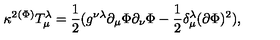
{ \kappa } ^ { 2 } ^ { ( \Phi ) } T _ { \mu } ^ { \lambda } = \frac 1 2 ( g ^ { \nu \lambda } \partial _ { \mu } \Phi \partial _ { \nu } \Phi - \frac 1 2 \delta _ { \mu } ^ { \lambda } ( \partial \Phi ) ^ { 2 } ) ,